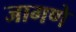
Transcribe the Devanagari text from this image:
जागणे